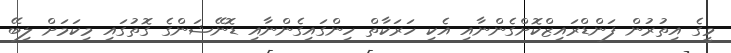
މީގެ އިތުރުން ފަންޑްރައިޒްކޮށްގެންނާއި އެކި ހަރަކާތް ހިންގައިގެންނާއި ޑޮނޭޝަންގެ ގޮތުގައި މިކަމަށް ލިބޭ